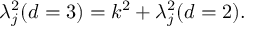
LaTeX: \lambda _ { j } ^ { 2 } ( d = 3 ) = k ^ { 2 } + \lambda _ { j } ^ { 2 } ( d = 2 ) .